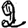
Digit: 2